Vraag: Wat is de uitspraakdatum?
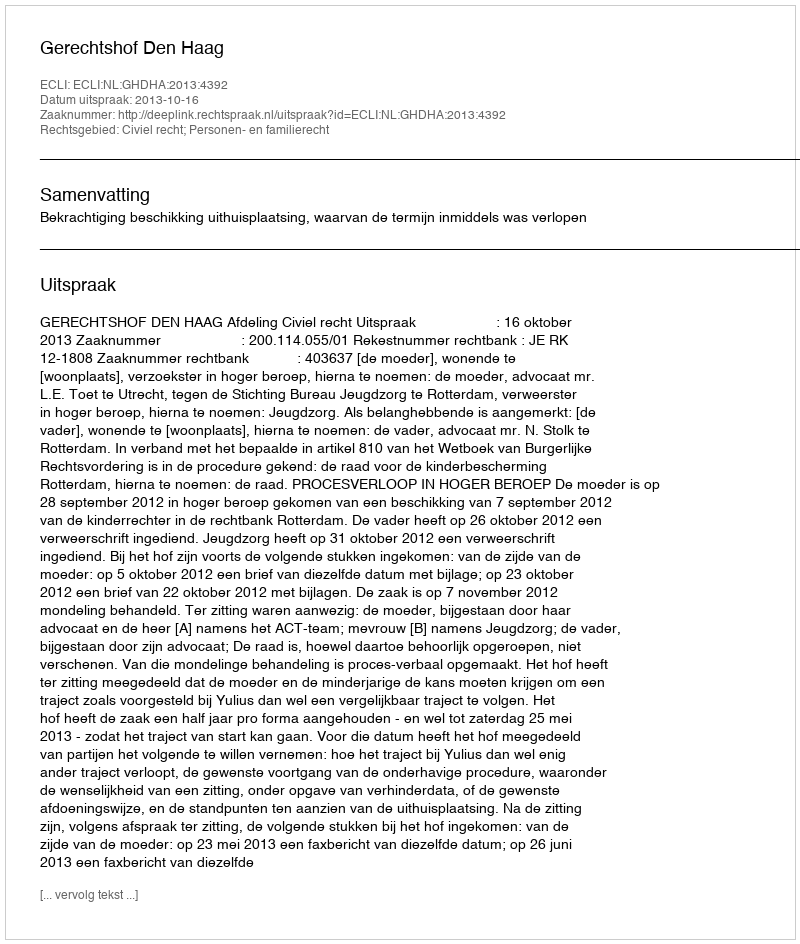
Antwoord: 2013-10-16